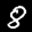
Label: 8